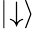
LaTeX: |\negmedspace\downarrow\rangle